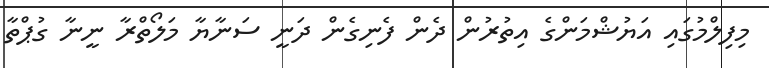
މިފިލްމުގައި އަޔުޝްމަންގެ އިތުރުން ދެން ފެނިގެން ދަނީ ސަނާޔާ މަލޯތްރާ ނީނާ ގުޕްތާ